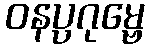
ဝနပ္ပဂုမ္ဗေ